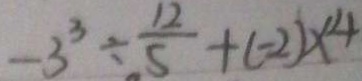
- 3 ^ { 3 } \div \frac { 1 2 } { 5 } + ( - 2 ) \times 4